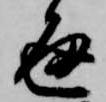
通